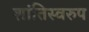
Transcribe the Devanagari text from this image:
शांतिस्वरुप